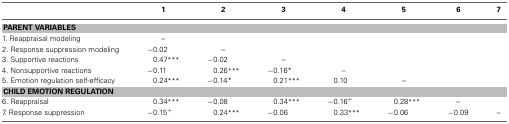
<table><thead><tr><td></td><td><b>1</b></td><td><b>2</b></td><td><b>3</b></td><td><b>4</b></td><td><b>5</b></td><td><b>6</b></td><td><b>7</b></td></tr></thead><tbody><tr><td colspan="8"><b>PARENT VARIABLES</b></td></tr><tr><td>1. Reappraisal modeling</td><td>–</td><td></td><td></td><td></td><td></td><td></td><td></td></tr><tr><td>2. Response suppression modeling</td><td>−0.02</td><td>–</td><td></td><td></td><td></td><td></td><td></td></tr><tr><td>3. Supportive reactions</td><td>0.47<sup>***</sup></td><td>−0.02</td><td>–</td><td></td><td></td><td></td><td></td></tr><tr><td>4. Nonsupportive reactions</td><td>−0.11</td><td>0.26<sup>***</sup></td><td>−0.16<sup>*</sup></td><td>–</td><td></td><td></td><td></td></tr><tr><td>5. Emotion regulation self-efficacy</td><td>0.24<sup>***</sup></td><td>−0.14<sup>*</sup></td><td>0.21<sup>***</sup></td><td>0.10</td><td>–</td><td></td><td></td></tr><tr><td colspan="8"><b>CHILD EMOTION REGULATION</b></td></tr><tr><td>6. Reappraisal</td><td>0.34<sup>***</sup></td><td>−0.08</td><td>0.34<sup>***</sup></td><td>−0.16<sup>+</sup></td><td>0.28<sup>***</sup></td><td>–</td><td></td></tr><tr><td>7. Response suppression</td><td>−0.15<sup>+</sup></td><td>0.24<sup>***</sup></td><td>−0.06</td><td>0.33<sup>***</sup></td><td>−0.06</td><td>−0.09</td><td>–</td></tr></tbody></table>